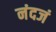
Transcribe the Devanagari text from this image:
नंदजं